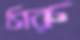
সিরু